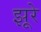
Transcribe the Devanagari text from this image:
झूरे